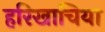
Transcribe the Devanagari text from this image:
हरिखाचिया